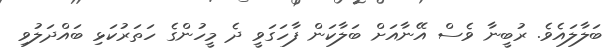
ބަލާލައެވެ. ރުބީނާ ވެސް އޭނާއަށް ބަލާކަން ފާހަގަވީ ދެ މީހުންގެ ހަތަރުކަޅި ބައްދަލުވި